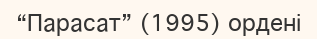
“Парасат” (1995) ордені